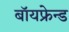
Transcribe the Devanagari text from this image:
बॉयफ्रेन्ड